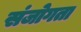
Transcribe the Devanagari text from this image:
संजोगता